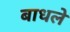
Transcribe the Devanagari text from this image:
बाधले